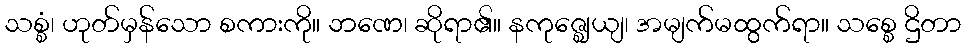
သစ္စံ၊ ဟုတ်မှန်သော စကားကို။ ဘဏေ၊ ဆိုရာ၏။ နကုဇ္ဈေယျ၊ အမျက်မထွက်ရာ။ သစ္စေ ဌိတာ